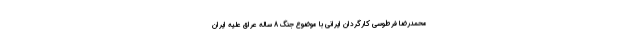
محمدرضا فرطوسی کارگردان ایرانی با موضوع جنگ 8 ساله عراق علیه ایران